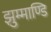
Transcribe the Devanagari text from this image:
झुम्माण्डि